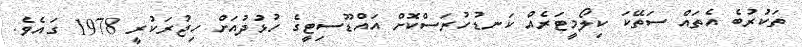
ތަކުރުބެ އެތައް ސަތޭކަ ކިލޯމީޓަރެއް ކަނޑުހުރަސްކޮށް އައްޑޫސިޓީގެ ހުޅުދުއަށް ހިޖުރަކުރީ 1978 ގައެވެ.